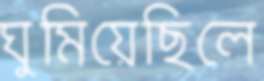
ঘুমিয়েছিলে